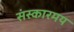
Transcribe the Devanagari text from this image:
संस्कारमय